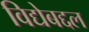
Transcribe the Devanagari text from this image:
विद्येबद्दल